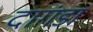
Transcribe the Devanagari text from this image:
दागंडा